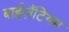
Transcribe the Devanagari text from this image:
बाईज़ैंटियम